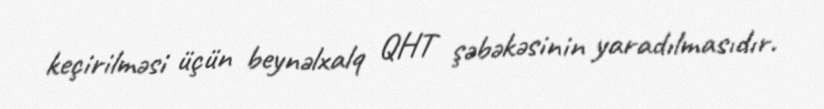
keçirilməsi üçün beynəlxalq QHT şəbəkəsinin yaradılmasıdır.